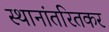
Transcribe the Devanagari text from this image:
स्थानांतरितकर